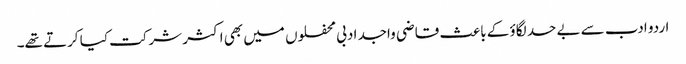
اردو ادب سے بے حد لگاؤ کے باعث قاضی واجد ادبی محفلوں میں بھی اکثر شرکت کیا کرتے تھے۔